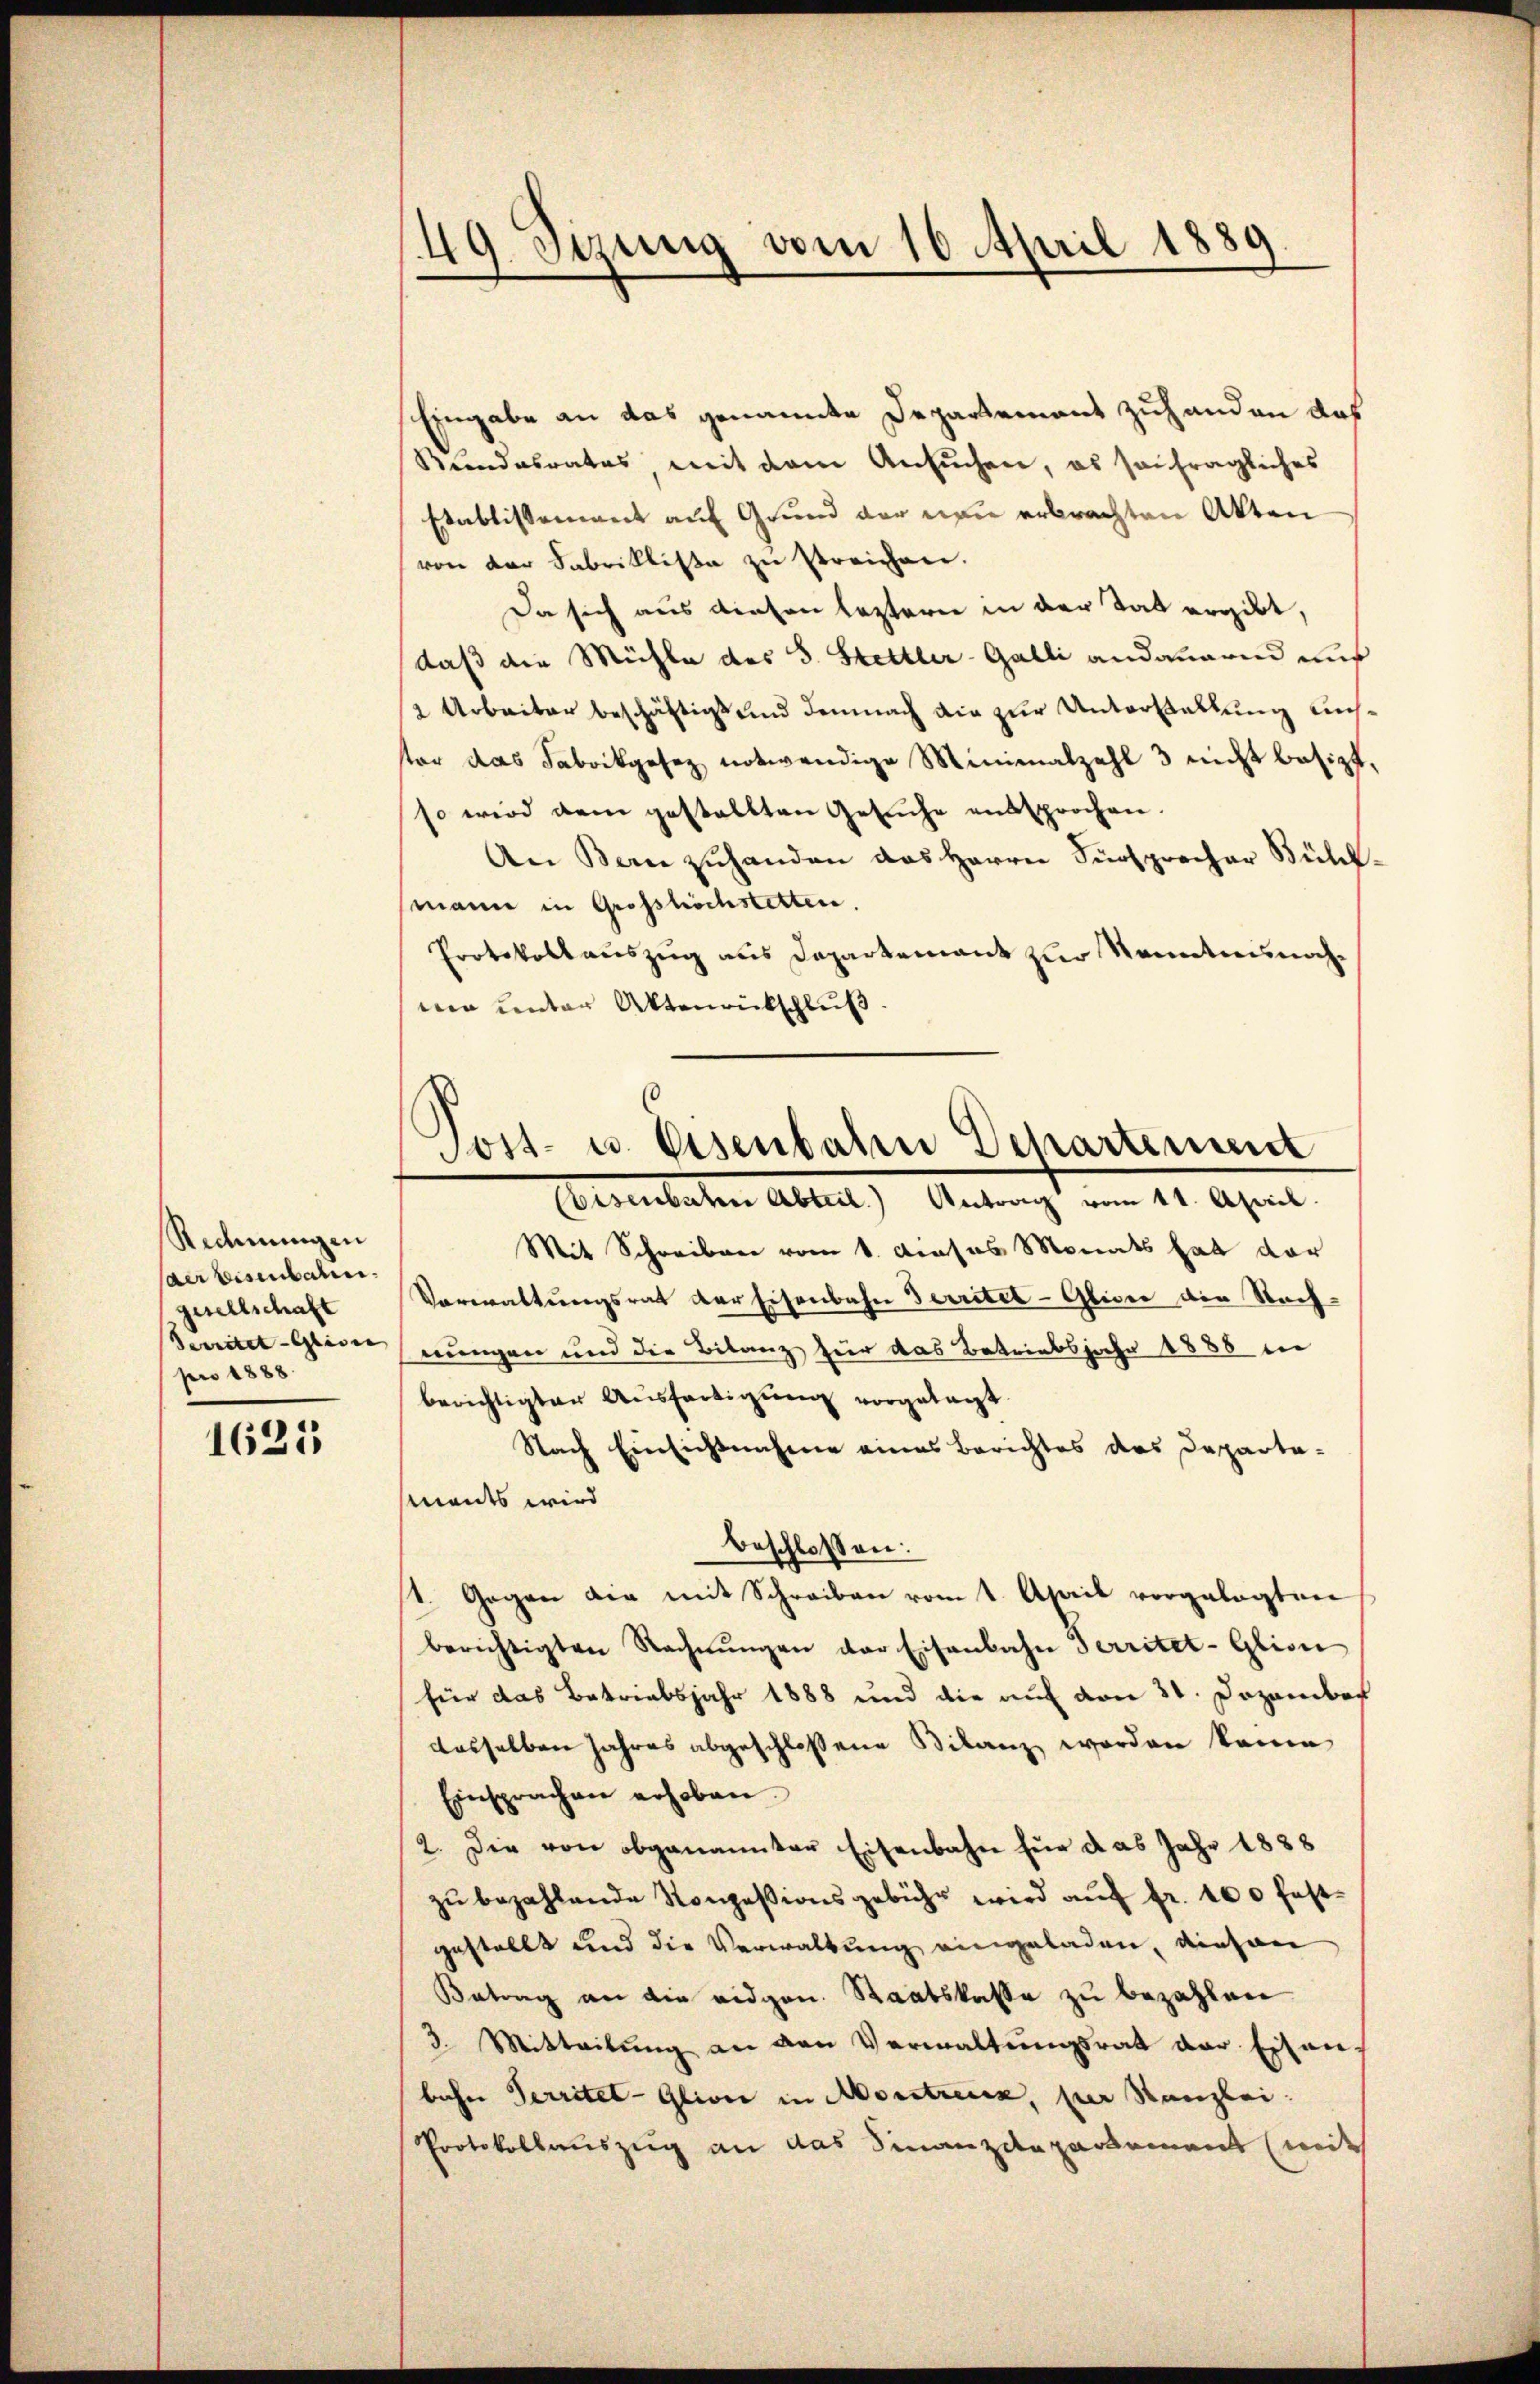
Rechnungen
aer bisenbahn.
gesellschaft
Territet - Glide |
pro 1888.

1625

49. Stung vom 10 April 1889

Eingabe an das genannte Departement zuhanden das
Bundesrates, mit dem Ansuchen, es senfragliches
Etablissement auf Grund der neu erbrachten Akten
von der Fabriklisa zu streichen.
Da sich aus diesen leztern in der Tat ergibt,
daß die Mühle des S. Stettler-Galli andaueren aus
2 Arbeiter beschäftigt und demnach die zur Unterstellung auster das Fabrikgesez notwendige Minimalzahl 3 nicht besizt,
so wird dem gestallten Gesŭche entsprochen.
An Bern zŭhanden das Herrn Fürsprecher Bühl.
mann in Grosshöchstetten.
Protokollauszug aus Departement zur Sonntensnachmie unter Aktenrückschluß
Mit Schreiben vom 1. Dieses Monats hat dar
Vorwaltungsrat der Eisenbahn Territel-Glicie die Nachnungen und die Bilanz für das Betriebsjahr 1888 in
berichtigter Ausfertigung vorgetagt.
Nach Einsichtnahme eines Berichtes des Departa-
Mments wird
beschlossen:
t. Gegen die mit Schreiben vom 1. April vorgelegten
berichtigten Rechnŭngen der Eisenbahn Territet-Glion
für das Betriebsjahr 1888 und die auf den 31. Dezember
dasselben Jahres abgeschlossene Bilanz worden könne
Einsprachen erhoben.
2. Die von obgenannter Eisenbahn für das Jahr 1888
zŭ bezahlende Konzessionsgebühr wird aŭf fr. 100 fest-
gestellt und die Verwaltung eingeladen, diesen
Betrag an die eidgen. Staatskasse zu bezahlen.
3. Mitteilung an den Verwaltungsrat der Eisen-
bahn Territet-Glione in Morstreux, per Kanzlei:
Protokollauszug an das Finanzdepartement (mit

Post- u. Eisenbahn Departement
Eisenbachen Abteil. Antrag vom 11. April.